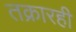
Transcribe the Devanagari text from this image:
तक्रारही